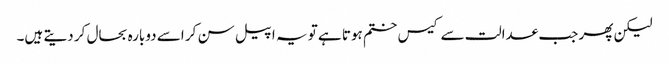
لیکن پھر جب عدالت سے کیس ختم ہوتا ہے تو یہ اپیل سن کر اسے دوبارہ بحال کر دیتے ہیں۔